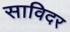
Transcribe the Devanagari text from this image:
साविदर